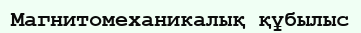
Магнитомеханикалық құбылыс